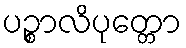
ပဉ္စာလိပုတ္တော